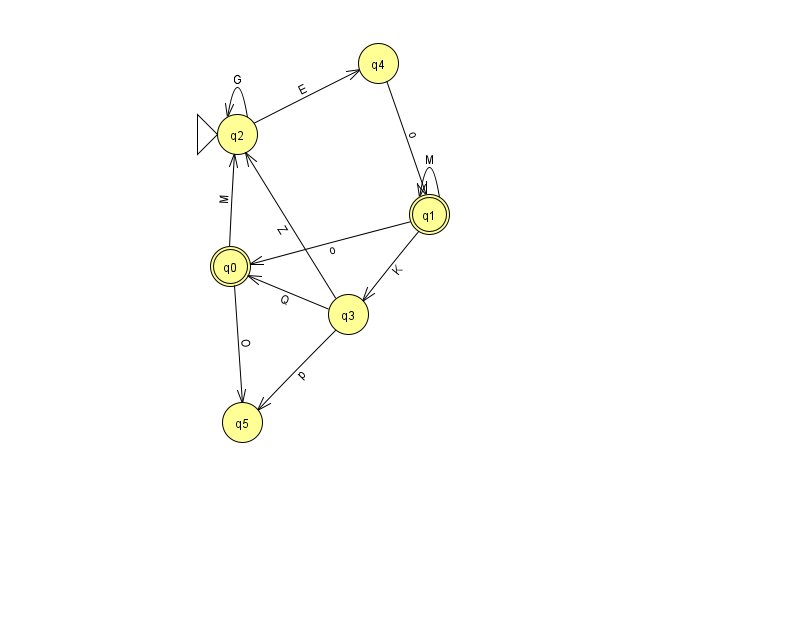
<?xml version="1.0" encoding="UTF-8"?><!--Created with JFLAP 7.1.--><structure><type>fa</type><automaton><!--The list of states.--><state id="0" name="q0"><x>230.0</x><y>253.0</y><final/></state><state id="1" name="q1"><x>429.0</x><y>201.0</y><final/></state><state id="2" name="q2"><x>237.0</x><y>121.0</y><initial/></state><state id="3" name="q3"><x>348.0</x><y>301.0</y></state><state id="4" name="q4"><x>378.0</x><y>50.0</y></state><state id="5" name="q5"><x>242.0</x><y>409.0</y></state><!--The list of transitions.--><transition><from>3</from><to>2</to><read>Z</read></transition><transition><from>1</from><to>0</to><read>o</read></transition><transition><from>0</from><to>5</to><read>O</read></transition><transition><from>2</from><to>2</to><read>G</read></transition><transition><from>3</from><to>5</to><read>p</read></transition><transition><from>0</from><to>2</to><read>M</read></transition><transition><from>1</from><to>1</to><read>M</read></transition><transition><from>2</from><to>4</to><read>E</read></transition><transition><from>4</from><to>1</to><read>o</read></transition><transition><from>1</from><to>3</to><read>K</read></transition><transition><from>3</from><to>0</to><read>Q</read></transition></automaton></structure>